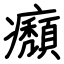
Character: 㿗